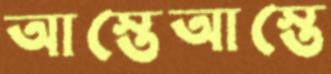
আস্তেআস্তে